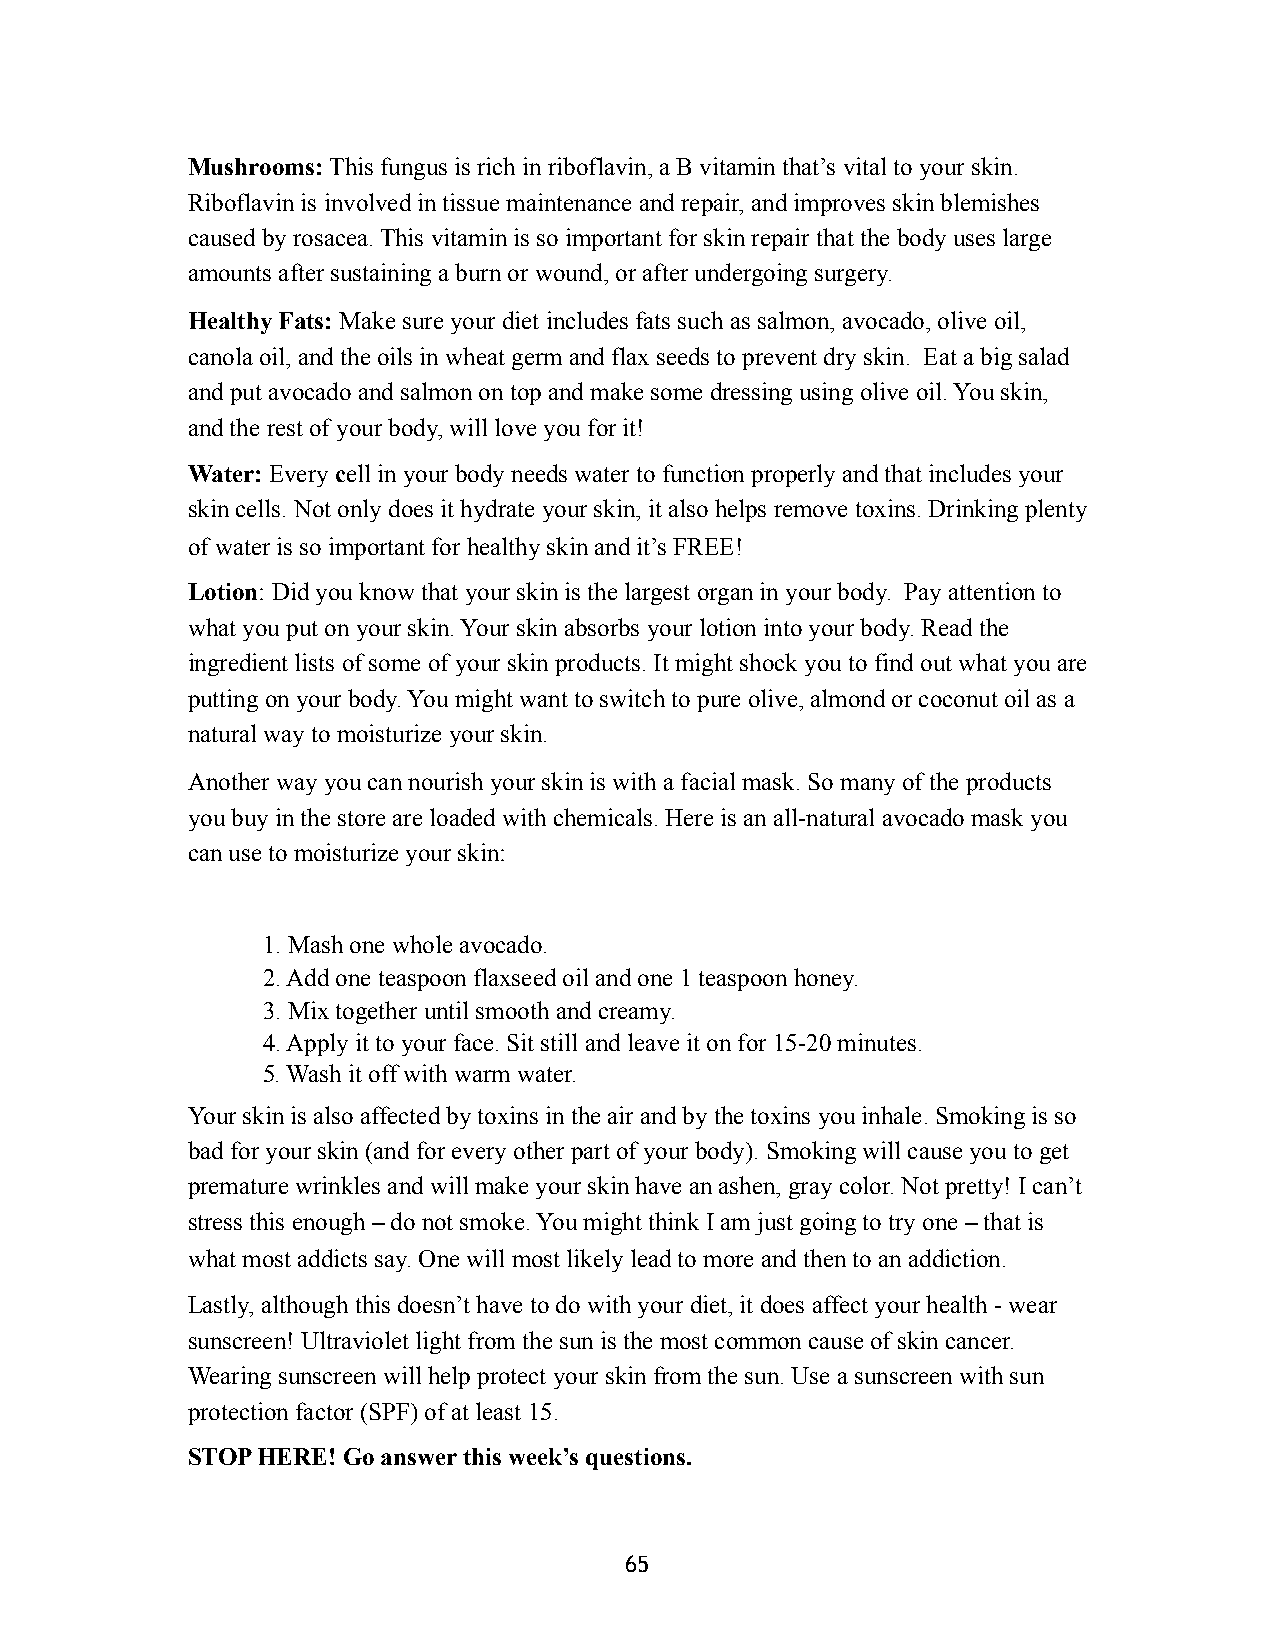
Mushrooms: This fungus is rich in riboflavin, a B vitamin that’s vital to your skin.
 Riboflavin is involved in tissue maintenance and repair, and improves skin blemishes
 caused by rosacea. This vitamin is so important for skin repair that the body uses large
 amounts after sustaining a burn or wound, or after undergoing surgery.
 Healthy Fats: Make sure your diet includes fats such as salmon, avocado, olive oil,
 canola oil, and the oils in wheat germ and flax seeds to prevent dry skin. Eat a big salad
 and put avocado and salmon on top and make some dressing using olive oil. You skin,
 and the rest of your body, will love you for it!
 Water: Every cell in your body needs water to function properly and that includes your
 skin cells. Not only does it hydrate your skin, it also helps remove toxins. Drinking plenty
 of water is so important for healthy skin and it’s FREE!
 Lotion: Did you know that your skin is the largest organ in your body. Pay attention to
 what you put on your skin. Your skin absorbs your lotion into your body. Read the
 ingredient lists of some of your skin products. It might shock you to find out what you are
 putting on your body. You might want to switch to pure olive, almond or coconut oil as a
 natural way to moisturize your skin.
 Another way you can nourish your skin is with a facial mask. So many of the products
 you buy in the store are loaded with chemicals. Here is an all-natural avocado mask you
 can use to moisturize your skin:
 1. Mash one whole avocado.
 2. Add one teaspoon flaxseed oil and one 1 teaspoon honey.
 3. Mix together until smooth and creamy.
 4. Apply it to your face. Sit still and leave it on for 15-20 minutes.
 5. Wash it off with warm water.
 Your skin is also affected by toxins in the air and by the toxins you inhale. Smoking is so
 bad for your skin (and for every other part of your body). Smoking will cause you to get
 premature wrinkles and will make your skin have an ashen, gray color. Not pretty! I can’t
 stress this enough – do not smoke. You might think I am just going to try one – that is
 what most addicts say. One will most likely lead to more and then to an addiction.
 Lastly, although this doesn’t have to do with your diet, it does affect your health - wear
 sunscreen! Ultraviolet light from the sun is the most common cause of skin cancer.
 Wearing sunscreen will help protect your skin from the sun. Use a sunscreen with sun
 protection factor (SPF) of at least 15.
 STOP HERE! Go answer this week’s questions.
 65